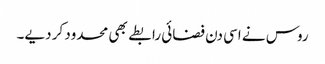
روس نے اسی دن فضائی رابطے بھی محدود کر دیے۔